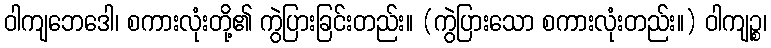
ဝါကျဘေဒေါ၊ စကားလုံးတို့၏ ကွဲပြားခြင်းတည်း။ (ကွဲပြားသော စကားလုံးတည်း။) ဝါကျဉ္စ၊